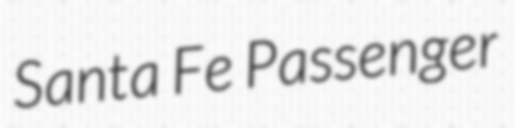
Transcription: Santa Fe Passenger